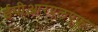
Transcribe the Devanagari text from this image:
ईपीआरएलएफ